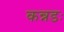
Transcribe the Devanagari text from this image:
कन्नडः